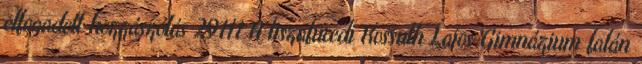
elfogadott hozzászólás 29111 A tiszafüredi Kossuth Lajos Gimnázium falán